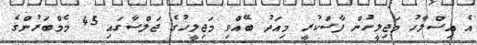
އެ އިސްލާހު މަޖިލީހުން ފާސްކުރީ މިއަދު ބޭއްވި މަޖިލީހުގެ ޖަލްސާގައި 45 މެމްބަރުންގެ